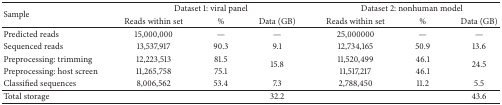
<table><thead><tr><td rowspan="2"><b>Sample</b></td><td colspan="3"><b>Dataset 1: viral panel</b></td><td colspan="3"><b>Dataset 2: nonhuman model</b></td></tr><tr><td><b>Reads within set</b></td><td><b>%</b></td><td><b>Data (GB)</b></td><td><b>Reads within set</b></td><td><b>%</b></td><td><b>Data (GB)</b></td></tr></thead><tbody><tr><td>Predicted reads</td><td>15,000,000</td><td>—</td><td>—</td><td>25,000000</td><td>—</td><td>—</td></tr><tr><td>Sequenced reads </td><td>13,537,917</td><td>90.3</td><td>9.1</td><td>12,734,165</td><td>50.9</td><td>13.6</td></tr><tr><td>Preprocessing: trimming </td><td>12,223,513</td><td>81.5</td><td rowspan="2">15.8</td><td>11,520,499</td><td>46.1</td><td rowspan="2">24.5</td></tr><tr><td>Preprocessing: host screen</td><td>11,265,758</td><td>75.1</td><td>11,517,217</td><td>46.1</td></tr><tr><td>Classified sequences</td><td>8,006,562</td><td>53.4</td><td>7.3</td><td>2,788,450</td><td>11.2</td><td>5.5</td></tr><tr><td>Total storage</td><td> </td><td> </td><td>32.2</td><td> </td><td> </td><td>43.6</td></tr></tbody></table>